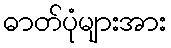
ဓာတ်ပုံများအား